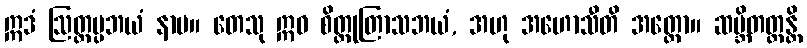
ဣဒံ ဩတ္တပ္ပဘယံ နာမ။ တေသု ဣဓ စိတ္တုတြာသဘယံ, အဟု အဟောသီတိ အတ္ထော။ ဆမ္ဘိတတ္တန္တိ